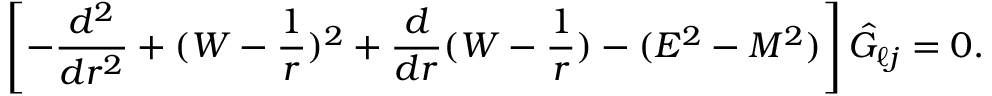
\left[ - { \frac { d ^ { 2 } } { d r ^ { 2 } } } + ( W - { \frac { 1 } { r } } ) ^ { 2 } + \frac { d } { d r } ( W - { \frac { 1 } { r } } ) - ( E ^ { 2 } - M ^ { 2 } ) \right] \hat { G } _ { \ell j } = 0 .